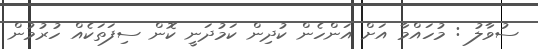
ސުވާލު : މުހައްމާ އަށް އަންހެން ކުދިން ކަމުދަނީ ކޮން ސިފަތަކެއް ހުރުމުން